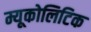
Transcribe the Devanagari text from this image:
म्यूकोलिटिक